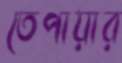
তেপায়ার